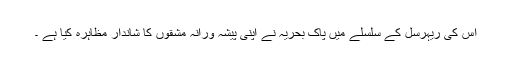
اس کی ریہرسل کے سلسلے میں پاک بحریہ نے اپنی پیشہ ورانہ مشقوں کا شاندار مظاہرہ کیا ہے ۔